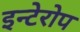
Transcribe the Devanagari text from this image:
इन्टेरोप